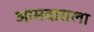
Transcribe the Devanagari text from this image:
आमदाराला